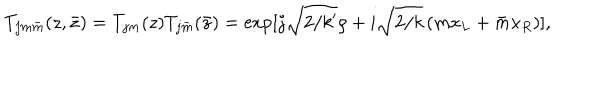
LaTeX: T _ { j m \bar { m } } ( z , \bar { z } ) = T _ { j m } ( z ) T _ { j \bar { m } } ( \bar { z } ) = \exp [ j \sqrt { 2 / k ^ { \prime } } \rho + i \sqrt { 2 / k } \, ( m x _ { L } + \bar { m } x _ { R } ) ] ,